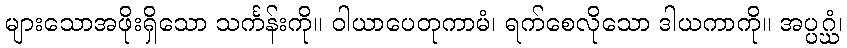
များသောအဖိုးရှိသော သင်္ကန်းကို။ ဝါယာပေတုကာမံ၊ ရက်စေလိုသော ဒါယကာကို။ အပ္ပဂ္ဃံ၊